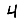
Digit: 4